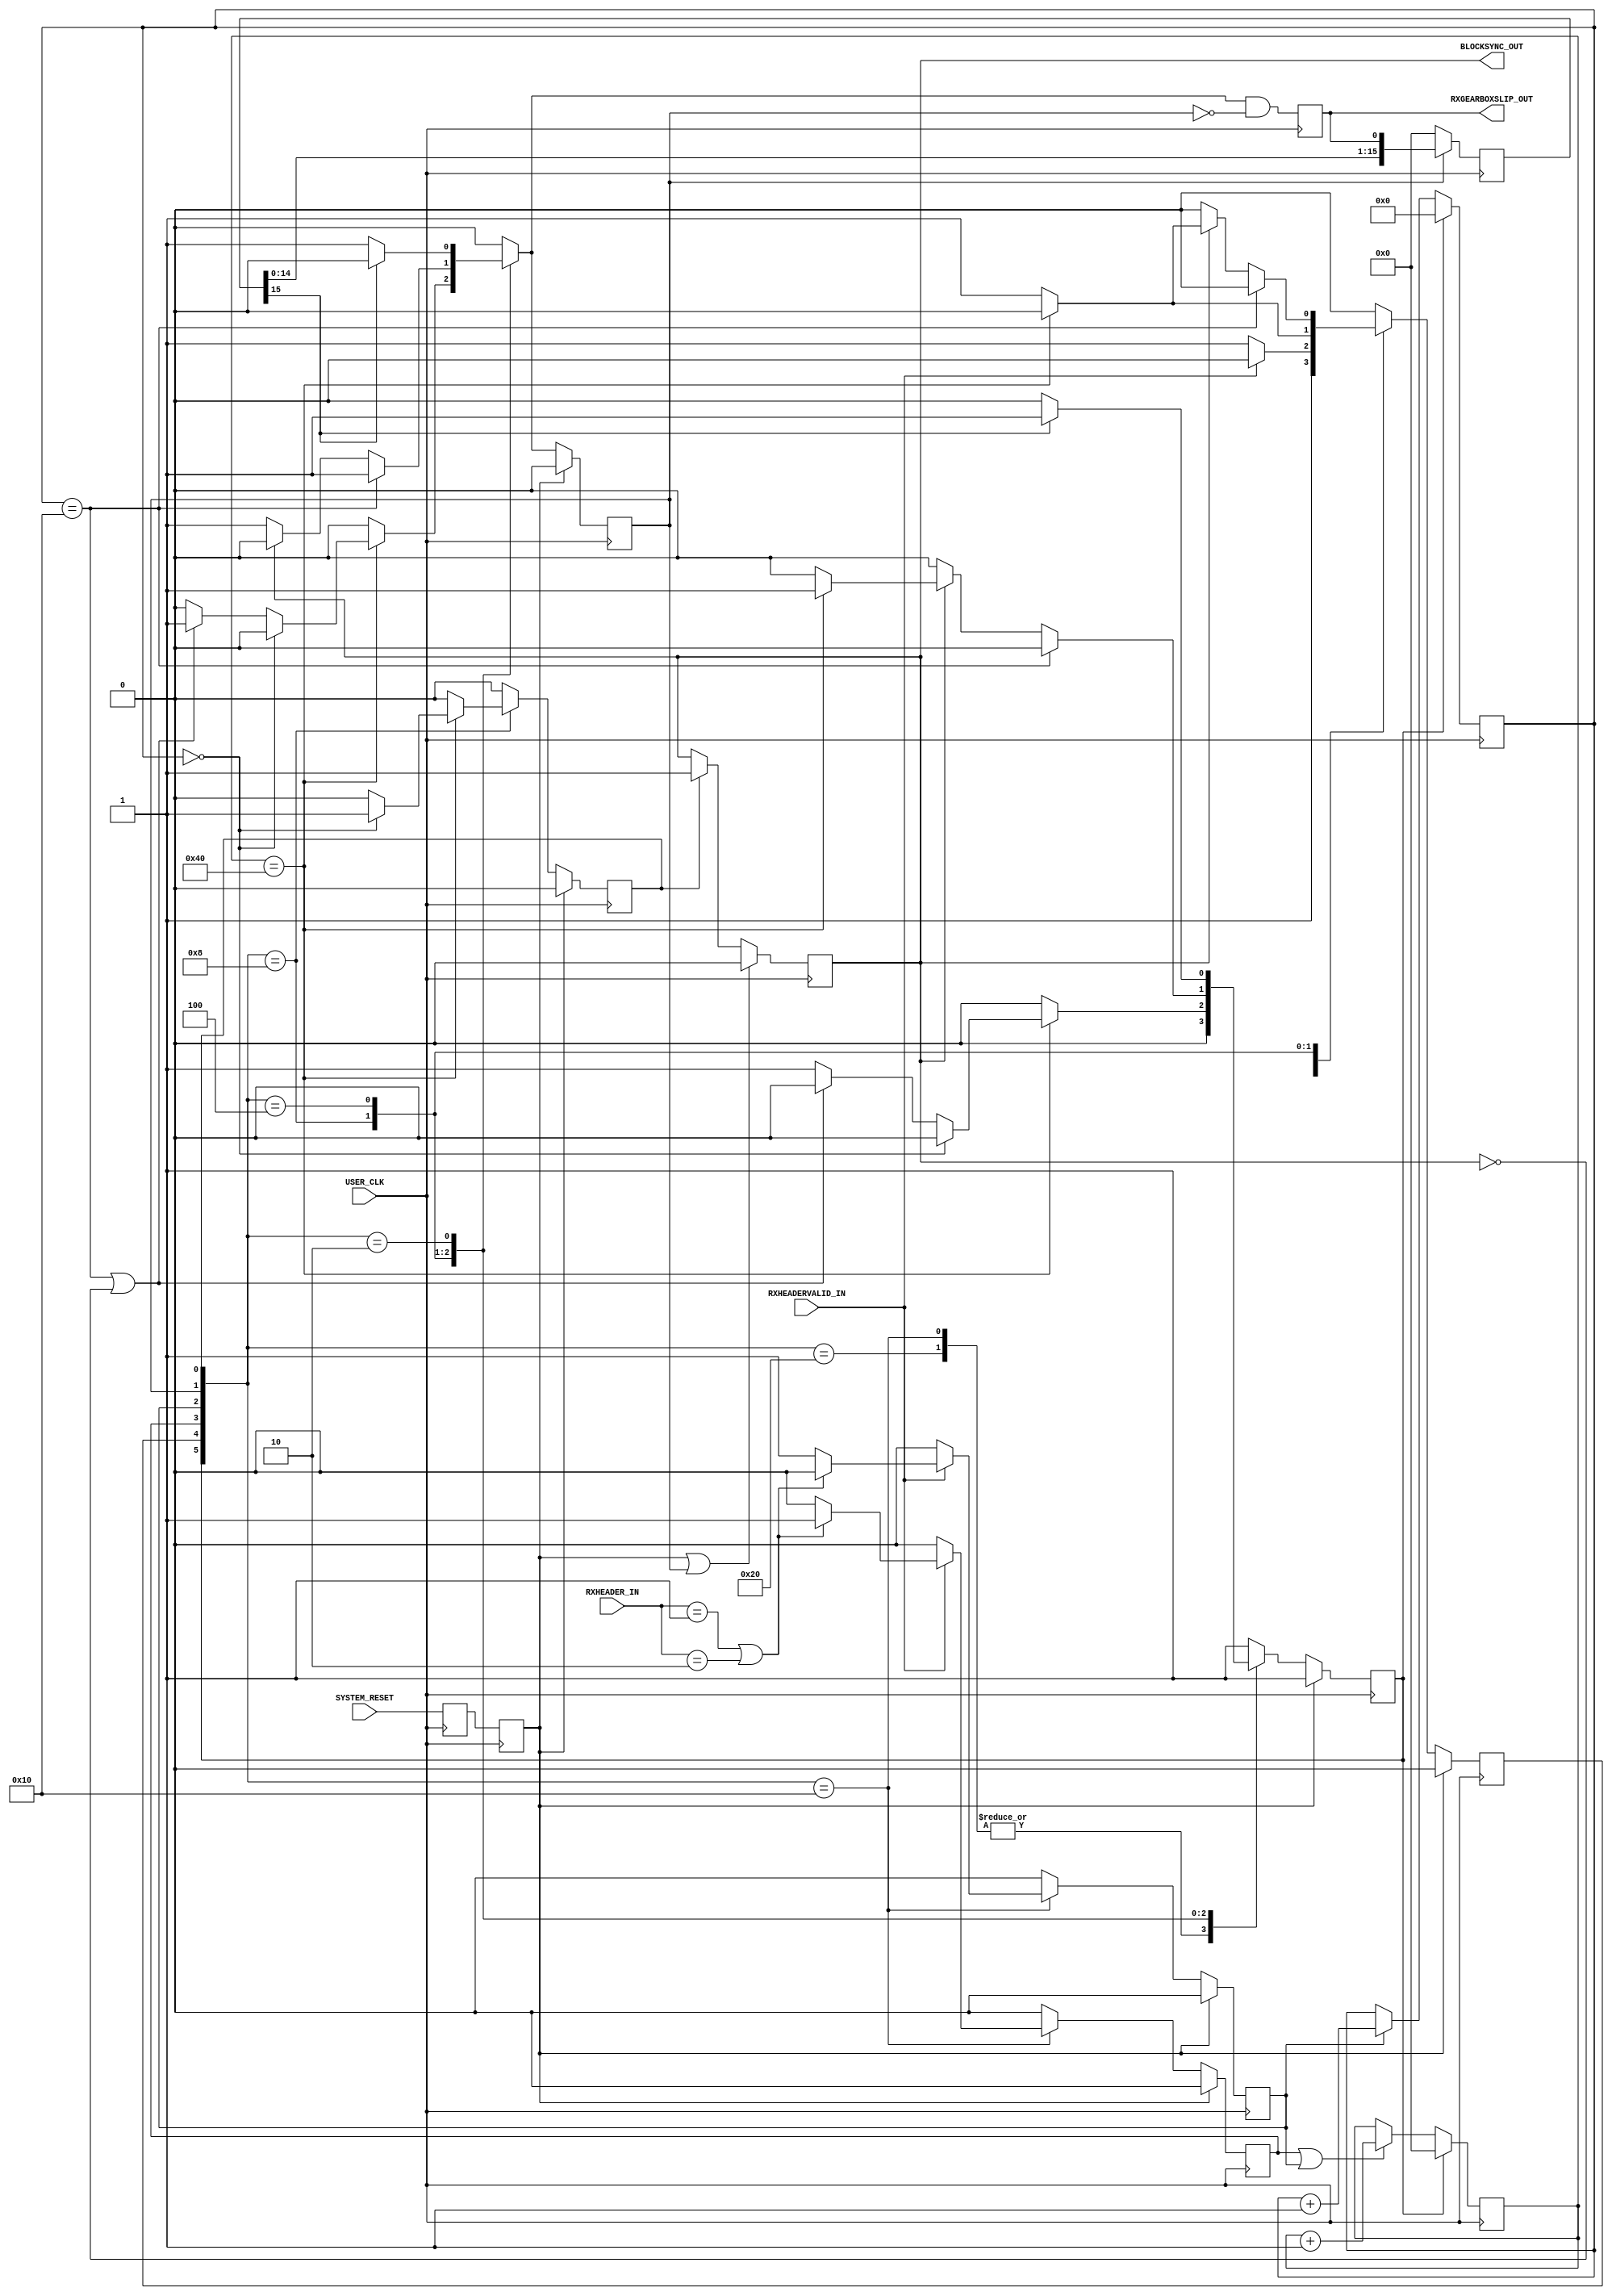
 ///////////////////////////////////////////////////////////////////////////////
 // Project: Aurora 64B/66B
 // Company: Xilinx
 //
 //
 //
 // (c) Copyright 2008 - 2009 Xilinx, Inc. All rights reserved.
 //
 // This file contains confidential and proprietary information
 // of Xilinx, Inc. and is protected under U.S. and
 // international copyright and other intellectual property
 // laws.
 //
 // DISCLAIMER
 // This disclaimer is not a license and does not grant any
 // rights to the materials distributed herewith. Except as
 // otherwise provided in a valid license issued to you by
 // Xilinx, and to the maximum extent permitted by applicable
 // law: (1) THESE MATERIALS ARE MADE AVAILABLE "AS IS" AND
 // WITH ALL FAULTS, AND XILINX HEREBY DISCLAIMS ALL WARRANTIES
 // AND CONDITIONS, EXPRESS, IMPLIED, OR STATUTORY, INCLUDING
 // BUT NOT LIMITED TO WARRANTIES OF MERCHANTABILITY, NON-
 // INFRINGEMENT, OR FITNESS FOR ANY PARTICULAR PURPOSE; and
 // (2) Xilinx shall not be liable (whether in contract or tort,
 // including negligence, or under any other theory of
 // liability) for any loss or damage of any kind or nature
 // related to, arising under or in connection with these
 // materials, including for any direct, or any indirect,
 // special, incidental, or consequential loss or damage
 // (including loss of data, profits, goodwill, or any type of
 // loss or damage suffered as a result of any action brought
 // by a third party) even if such damage or loss was
 // reasonably foreseeable or Xilinx had been advised of the
 // possibility of the same.
 //
 // CRITICAL APPLICATIONS
 // Xilinx products are not designed or intended to be fail-
 // safe, or for use in any application requiring fail-safe
 // performance, such as life-support or safety devices or
 // systems, Class III medical devices, nuclear facilities,
 // applications related to the deployment of airbags, or any
 // other applications that could lead to death, personal
 // injury, or severe property or environmental damage
 // (individually and collectively, "Critical
 // Applications"). Customer assumes the sole risk and
 // liability of any use of Xilinx products in Critical
 // Applications, subject only to applicable laws and
 // regulations governing limitations on product liability.
 //
 // THIS COPYRIGHT NOTICE AND DISCLAIMER MUST BE RETAINED AS
 // PART OF THIS FILE AT ALL TIMES.
 
 //
 ///////////////////////////////////////////////////////////////////////////////
 //
 // Module block_sync_sm
 // Generated by Xilinx Aurora 64B66B
 
 
 `timescale 1ns / 1ps
 `define DLY #1
(* DowngradeIPIdentifiedWarnings="yes" *) 
 module aurora_64b66b_0_BLOCK_SYNC_SM #
 (
     parameter SH_CNT_MAX         = 16'd64,
     parameter SH_INVALID_CNT_MAX = 10'd16 
 )
 (
    // User Interface
     BLOCKSYNC_OUT,
     RXGEARBOXSLIP_OUT,
     RXHEADER_IN,
     RXHEADERVALID_IN,
 
     // System Interface
     USER_CLK,       
     SYSTEM_RESET
 );
     
 //***********************************Port Declarations*******************************
 
    // User Interface
     output         BLOCKSYNC_OUT;
     output         RXGEARBOXSLIP_OUT;
     input  [1:0]   RXHEADER_IN;
     input          RXHEADERVALID_IN;
 
       // System Interface
     input          USER_CLK;
     input          SYSTEM_RESET; 
 
 //***************************External Register Declarations*************************** 
 
     reg            BLOCKSYNC_OUT;
     reg            RXGEARBOXSLIP_OUT;
 
 //**************************** Wire Declarations ******************************
 
     reg            next_begin_c;
     reg            next_sh_invalid_c;    
     reg            next_sh_valid_c;    
     reg            next_slip_c;    
     reg            next_sync_done_c;    
     reg            next_test_sh_c;    
     wire           sh_count_equals_max_i;    
     wire           sh_invalid_cnt_equals_max_i;    
     wire           sh_invalid_cnt_equals_zero_i;    
     wire           slip_done_i;    
     wire           sync_found_i;    
 
 //***************************External Register Declarations*************************** 
 
     reg            begin_r;
     reg            sh_invalid_r;    
     reg            sh_valid_r;    
     reg    [15:0]  slip_count_i; 
     reg            slip_r;    
     reg            sync_done_r;    
     reg    [15:0]  sync_header_count_i; 
     reg    [9:0]   sync_header_invalid_count_i;   
     reg            test_sh_r;    
 
     reg            system_reset_r; 
     reg            system_reset_r2;
 
 //**************************** Main Body of Code *******************************
 
     assign sync_found_i   = (RXHEADER_IN == 2'b01) || (RXHEADER_IN == 2'b10);
 
     // Double Synchronize SYSTEM_RESET wrt USER_CLK 
     always @(posedge USER_CLK) 
     begin
         system_reset_r     <=  `DLY   SYSTEM_RESET;
         system_reset_r2    <=  `DLY   system_reset_r;
     end 
 
     //________________________________ State machine __________________________    
     
     // State registers
     always @(posedge USER_CLK)
         if(system_reset_r2)
             {begin_r,test_sh_r,sh_valid_r,sh_invalid_r,slip_r,sync_done_r}  <=  `DLY    6'b100000;
         else
         begin
             begin_r          <=  `DLY    next_begin_c;
             test_sh_r        <=  `DLY    next_test_sh_c;
             sh_valid_r       <=  `DLY    next_sh_valid_c;
             sh_invalid_r     <=  `DLY    next_sh_invalid_c;
             slip_r           <=  `DLY    next_slip_c;
             sync_done_r      <=  `DLY    next_sync_done_c;
         end
 /*
     // Next state logic
     assign  next_begin_c     =   sync_done_r 
                                  | (slip_r && slip_done_i)
                                  | (sh_valid_r && sh_count_equals_max_i && !sh_invalid_cnt_equals_max_i)
                                  | (sh_invalid_r && sh_count_equals_max_i && !sh_invalid_cnt_equals_max_i && BLOCKSYNC_OUT);
                               
     assign  next_test_sh_c    =  begin_r
                                  | (test_sh_r && !RXHEADERVALID_IN)
                                  | (sh_valid_r && !sh_count_equals_max_i)
                                  | (sh_invalid_r && !sh_count_equals_max_i && !sh_invalid_cnt_equals_max_i && BLOCKSYNC_OUT);
                              
 
     assign  next_sh_valid_c   =  (test_sh_r && RXHEADERVALID_IN && sync_found_i);
 
     assign  next_sh_invalid_c =  (test_sh_r && RXHEADERVALID_IN && !sync_found_i);
 
     assign  next_slip_c       = (sh_invalid_r && (sh_invalid_cnt_equals_max_i || !BLOCKSYNC_OUT))
                                 | (slip_r && !slip_done_i);
 
     assign  next_sync_done_c  =  (sh_valid_r && sh_count_equals_max_i && sh_invalid_cnt_equals_zero_i);
*/  

// FSM is same as above, but recoded as priority muxes

localparam BEGIN_R_ST     = 6'b100000,
           TEST_SH_ST     = 6'b010000,
           SH_VALID_ST    = 6'b001000,
           SH_INVALID_ST  = 6'b000100,
           SLIP_R_ST      = 6'b000010,
           SYNC_DONE_R_ST = 6'b000001;


  always @(*)
  begin
      {next_begin_c,next_test_sh_c,next_sh_valid_c,next_sh_invalid_c,next_slip_c,next_sync_done_c} = 6'b000000;

      case({begin_r,test_sh_r,sh_valid_r,sh_invalid_r,slip_r,sync_done_r})
          BEGIN_R_ST:
          begin
              next_test_sh_c = 1'b1;
          end
          TEST_SH_ST:
          begin
              if(RXHEADERVALID_IN)
              begin
                  if(sync_found_i)
                      next_sh_valid_c = 1'b1;
                  else
                      next_sh_invalid_c = 1'b1;
              end
              else
                  next_test_sh_c = 1'b1;
          end
          SH_VALID_ST:
          begin
              if(sh_count_equals_max_i)
              begin
                  if(sh_invalid_cnt_equals_zero_i)
                      next_sync_done_c = 1'b1;
                  else if((sh_invalid_cnt_equals_max_i | !BLOCKSYNC_OUT))
                      next_slip_c = 1'b1;
                  else
                      next_begin_c = 1'b1;
              end
              //check_me if(sh_count_equals_max_i)
              //check_me begin
              //check_me     if(sh_invalid_cnt_equals_zero_i)
              //check_me         next_sync_done_c = 1'b1;
              //check_me     else if(!sh_invalid_cnt_equals_max_i)
              //check_me         next_begin_c = 1'b1;
              //check_me end 
              else
                  next_test_sh_c = 1'b1;
          end
          SH_INVALID_ST:
          begin
              if(sh_invalid_cnt_equals_max_i)
                  next_slip_c = 1'b1;
              else
              begin
                  if(!BLOCKSYNC_OUT)
                      next_slip_c = 1'b1;
                  else if(sh_count_equals_max_i)
                      next_begin_c = 1'b1;
                  else
                      next_test_sh_c = 1'b1;
              end
          end
          SLIP_R_ST:
          begin
              if(slip_done_i)
                  next_begin_c =1'b1;
              else
                  next_slip_c = 1'b1;
          end
          SYNC_DONE_R_ST:
          begin
              next_begin_c = 1'b1;
          end
          default:
          begin
              next_begin_c = 1'b1;
          end
      endcase
  end


     //________________ Counter keep track of sync headers counted _____________    
 
     always @(posedge USER_CLK)
         if(begin_r)  
         begin
             sync_header_count_i   <=  `DLY    16'd0;
         end
         else if (sh_valid_r || sh_invalid_r)
         begin
             sync_header_count_i  <=  `DLY    sync_header_count_i + 16'd1;
         end
 
     assign sh_count_equals_max_i = (sync_header_count_i==SH_CNT_MAX);

     //________________ Counter keep track of invalid sync headers  ____________    
 
     always @(posedge USER_CLK)
         if(begin_r)  
         begin
             sync_header_invalid_count_i   <=  `DLY    10'd0;
         end
         else if (sh_invalid_r)
         begin
             sync_header_invalid_count_i  <=  `DLY    sync_header_invalid_count_i + 10'd1;
         end
 
     // signal to indicate max number of invalid sync headers has been reached
     assign sh_invalid_cnt_equals_max_i  = (sync_header_invalid_count_i==SH_INVALID_CNT_MAX);
 
     // signal to indicate no invalid sync headers
     assign sh_invalid_cnt_equals_zero_i = (sync_header_invalid_count_i==0);
 
     //_______ Counter wait for 16 cycles to ensure that slip is complete _______    
 
     wire   slip_pulse_i = next_slip_c && !slip_r;
 
     always @(posedge USER_CLK)
         RXGEARBOXSLIP_OUT   <=  slip_pulse_i;
 
     //_____________ Ouput assignment to indicate block sync complete  _________    
 
     always @(posedge USER_CLK)
         if(!slip_r) slip_count_i   <=  `DLY    16'h0000;
         else        slip_count_i   <=  `DLY    {slip_count_i[14:0],RXGEARBOXSLIP_OUT};
 
     assign slip_done_i = slip_count_i[15];
 
 
     //_____________ Pulse GEARBOXSLIP port to slip the data by 1 bit  _________    
 
     always @(posedge USER_CLK)
         if(system_reset_r2 || slip_r)  BLOCKSYNC_OUT   <=  `DLY    1'b0;
         else if (sync_done_r)       BLOCKSYNC_OUT   <=  `DLY    1'b1;
 
 
         
         
 endmodule